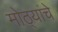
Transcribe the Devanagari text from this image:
मोठ्यांचे